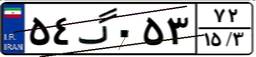
۳۲گ۱۲۳۳۱